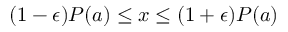
( 1 - \epsilon ) P ( a ) \leq x \leq ( 1 + \epsilon ) P ( a )